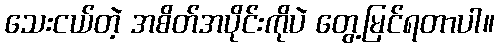
သေးငယ်တဲ့ အစိတ်အပိုင်းကိုပဲ တွေ့မြင်ရတာပါ။